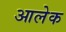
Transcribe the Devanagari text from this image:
आलेक